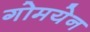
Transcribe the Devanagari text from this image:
गोमयेन